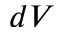
d V